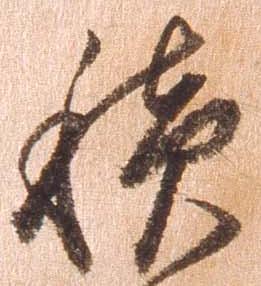
積